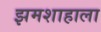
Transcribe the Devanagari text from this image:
झमशाहाला